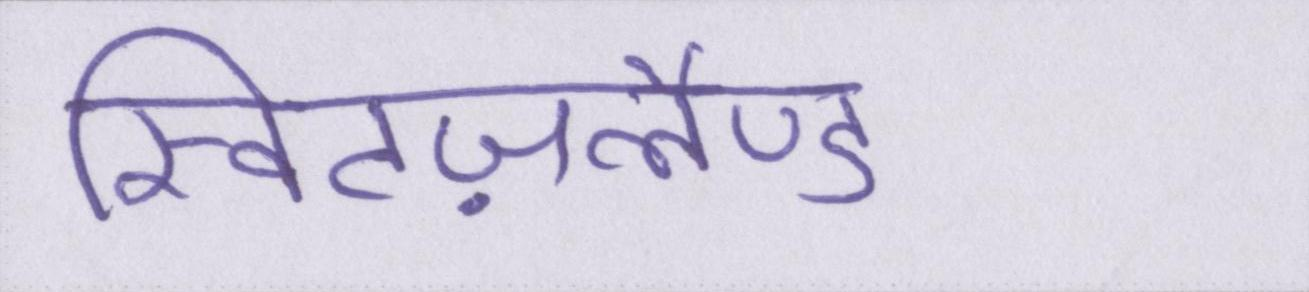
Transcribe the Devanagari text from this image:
स्विटज़रलैण्ड